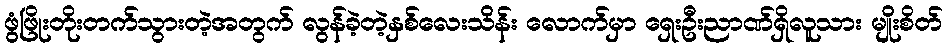
ဖွံဖြိုးတိုးတက်သွားတဲ့အတွက် လွန်ခဲ့တဲ့နှစ်လေးသိန်း လောက်မှာ ရှေးဦးညာဏ်ရှိလူသား မျိုးစိတ်